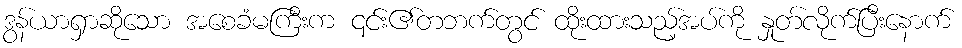
ဒွန်ယာရှာဆိုသော အစေခံမကြီးက ၎င်း၏တဘက်တွင် ထိုးထားသည့်အပ်ကို နှုတ်လိုက်ပြီးနောက်